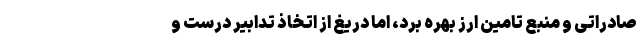
صادراتی و منبع تامین ارز بهره برد، اما دریغ از اتخاذ تدابیر درست و